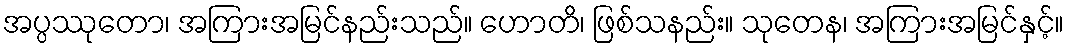
အပ္ပဿုတော၊ အကြားအမြင်နည်းသည်။ ဟောတိ၊ ဖြစ်သနည်း။ သုတေန၊ အကြားအမြင်နှင့်။